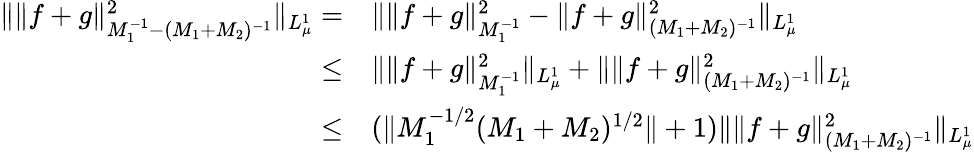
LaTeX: \begin{array}{rl}{\Vert\Vert f+g\Vert_{M_{1}^{-1}-(M_{1}+M_{2})^{-1}}^{2}\Vert_{L_{\mu}^{1}}=}&{\Vert\Vert f+g\Vert_{M_{1}^{-1}}^{2}-\Vert f+g\Vert_{(M_{1}+M_{2})^{-1}}^{2}\Vert_{L_{\mu}^{1}}}\\ {\leq}&{\Vert\Vert f+g\Vert_{M_{1}^{-1}}^{2}\Vert_{L_{\mu}^{1}}+\Vert\Vert f+g\Vert_{(M_{1}+M_{2})^{-1}}^{2}\Vert_{L_{\mu}^{1}}}\\ {\leq}&{(\Vert M_{1}^{-1/2}(M_{1}+M_{2})^{1/2}\Vert+1)\Vert\Vert f+g\Vert_{(M_{1}+M_{2})^{-1}}^{2}\Vert_{L_{\mu}^{1}}}\end{array}